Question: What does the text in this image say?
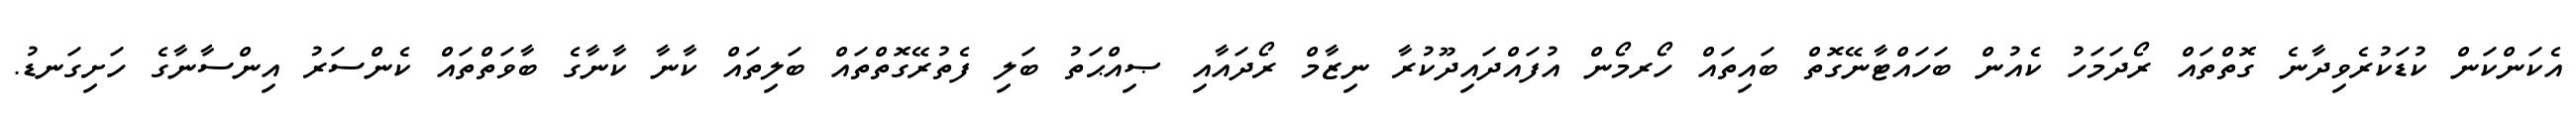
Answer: އެކަންކަން ކުޑަކުރެވިދާނެ ގޮތްތައް ރޯދަމަހު ކެއުން ބަހައްޓާނޭގޮތް ބައިތައް ހޯރމޯން އުފައްދައިދޫކުރާ ނިޒާމް ރޯދައާއި ޞިއްޙަތު ބަލި ފެތުރޭގޮތްތައް ބަލިތައް ކާނާ ކާނާގެ ބާވަތްތައް ކެންސަރު އިންސާނާގެ ހަށިގަނޑު.